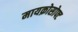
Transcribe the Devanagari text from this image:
मायक्रोसोफ्ट